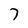
Character: 7